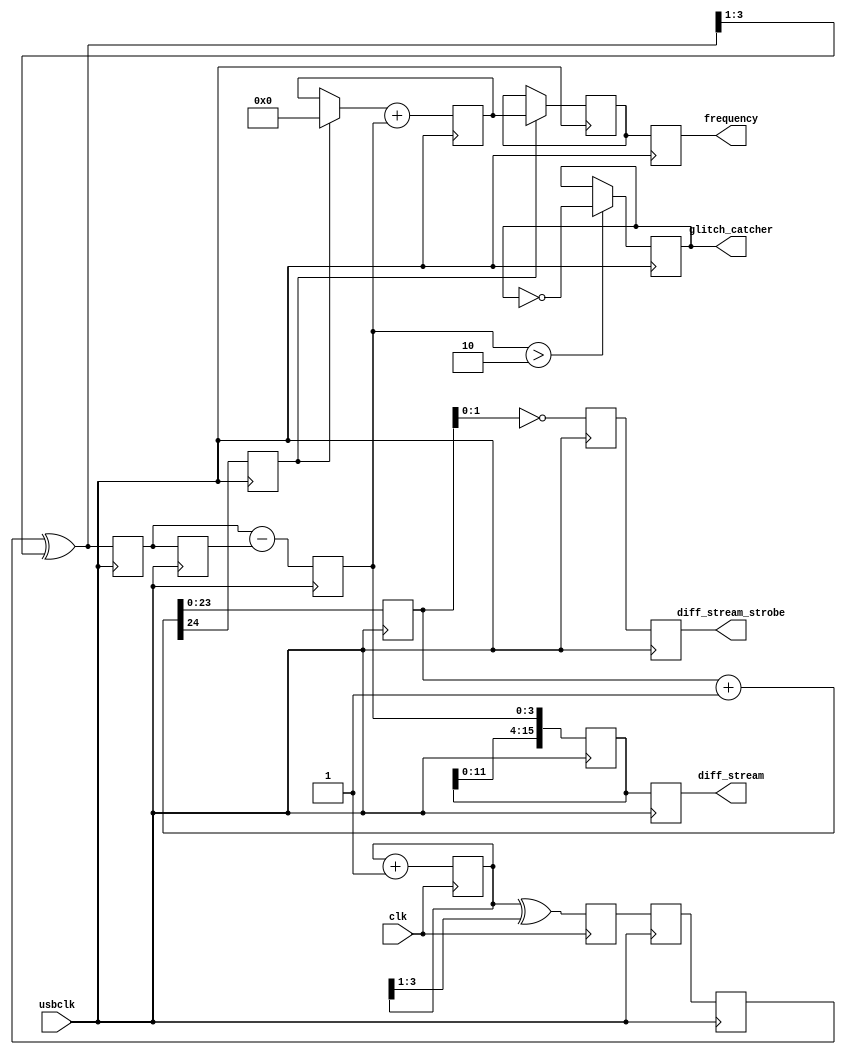
// Synthesizes to 86 slices at 312 MHz in XC3Sxxx-4 using XST-8.2i
//  (well, that's just the sampling clock; max usbclk is 132 MHz)

`timescale 1ns / 1ns

module freq_count(
	// input clocks
	input clk,  // timespec 8.0 ns
	input usbclk,

	// outputs in usbclk domain
	output reg [27:0] frequency,
	output reg [15:0] diff_stream,
	output reg diff_stream_strobe,
	// glitch_catcher can be routed to a physical pin to trigger
	// a 'scope; see glitch_thresh parameter below
	output reg glitch_catcher
);

// four-bit Gray code counter on the input signal
// http://en.wikipedia.org/wiki/Gray_code
reg [3:0] bin1=0, gray1=0;
always @(posedge clk) begin
	bin1 <= bin1 + 1'b1;
	gray1 <= bin1 ^ {1'b0, bin1[3:1]};
end

// transfer that Gray code to the measurement clock domain
reg [3:0] gray2=0, gray3=0;
always @(posedge usbclk) begin
	gray2 <= gray1;
	gray3 <= gray2;
end

wire [3:0] bin3 = gray3 ^ {1'b0, bin3[3:1]}; // convert Gray to binary

// Default configuration useful for input frequencies < 96 MHz
parameter glitch_thresh=2;

reg [3:0] bin4=0, bin5=0, diff1=0;
always @(posedge usbclk) begin
	bin4 <= bin3;
	bin5 <= bin4;
	diff1 <= bin4-bin5;
	if (diff1 > glitch_thresh) glitch_catcher <= ~glitch_catcher;
end

// I'd like to histogram diff1, but for now just accumulate it.
// Also make it available to stream to host at 24 MByte/sec, might be
// especially interesting when reprogramming the AD9512.
// 48 MHz usbclk / 2^24 = 2.861 Hz update
reg [27:0] accum=0, result=0;
parameter refcnt_width=24;
reg [refcnt_width-1:0] refcnt=0;
reg ref_carry=0;
reg [15:0] stream;
reg stream_strobe;
always @(posedge usbclk) begin
	{ref_carry, refcnt} <= refcnt + 1;
	if (ref_carry) result <= accum;
	accum <= (ref_carry ? 28'b0 : accum) + diff1;
	stream <= {stream[11:0],diff1};
	stream_strobe <= refcnt[1:0] == 0;
end

// Latch/pipeline one more time to perimeter of this module
// to make routing easier
always @(posedge usbclk) begin
	frequency <= result;
	diff_stream <= stream;
	diff_stream_strobe <= stream_strobe;
end

endmodule